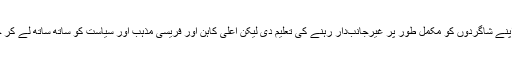
‏ یسوع نے تو اپنے شاگردوں کو مکمل طور پر غیرجانب‌دار رہنے کی تعلیم دی لیکن اعلیٰ کاہن اور فریسی مذہب اور سیاست کو ساتھ ساتھ لے کر چل رہے تھے۔